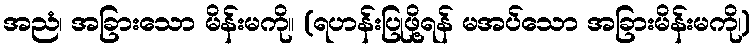
အညံ၊ အခြားသော မိန်းမကို။ (ရဟန်းပြုဖို့ရန် မအပ်သော အခြားမိန်းမကို၊)